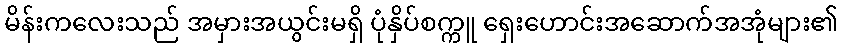
မိန်းကလေးသည် အမှားအယွင်းမရှိ ပုံနှိပ်စက္ကူ ရှေးဟောင်းအဆောက်အအုံများ၏